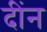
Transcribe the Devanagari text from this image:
दींन